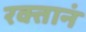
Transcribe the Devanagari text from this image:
रक्तानं